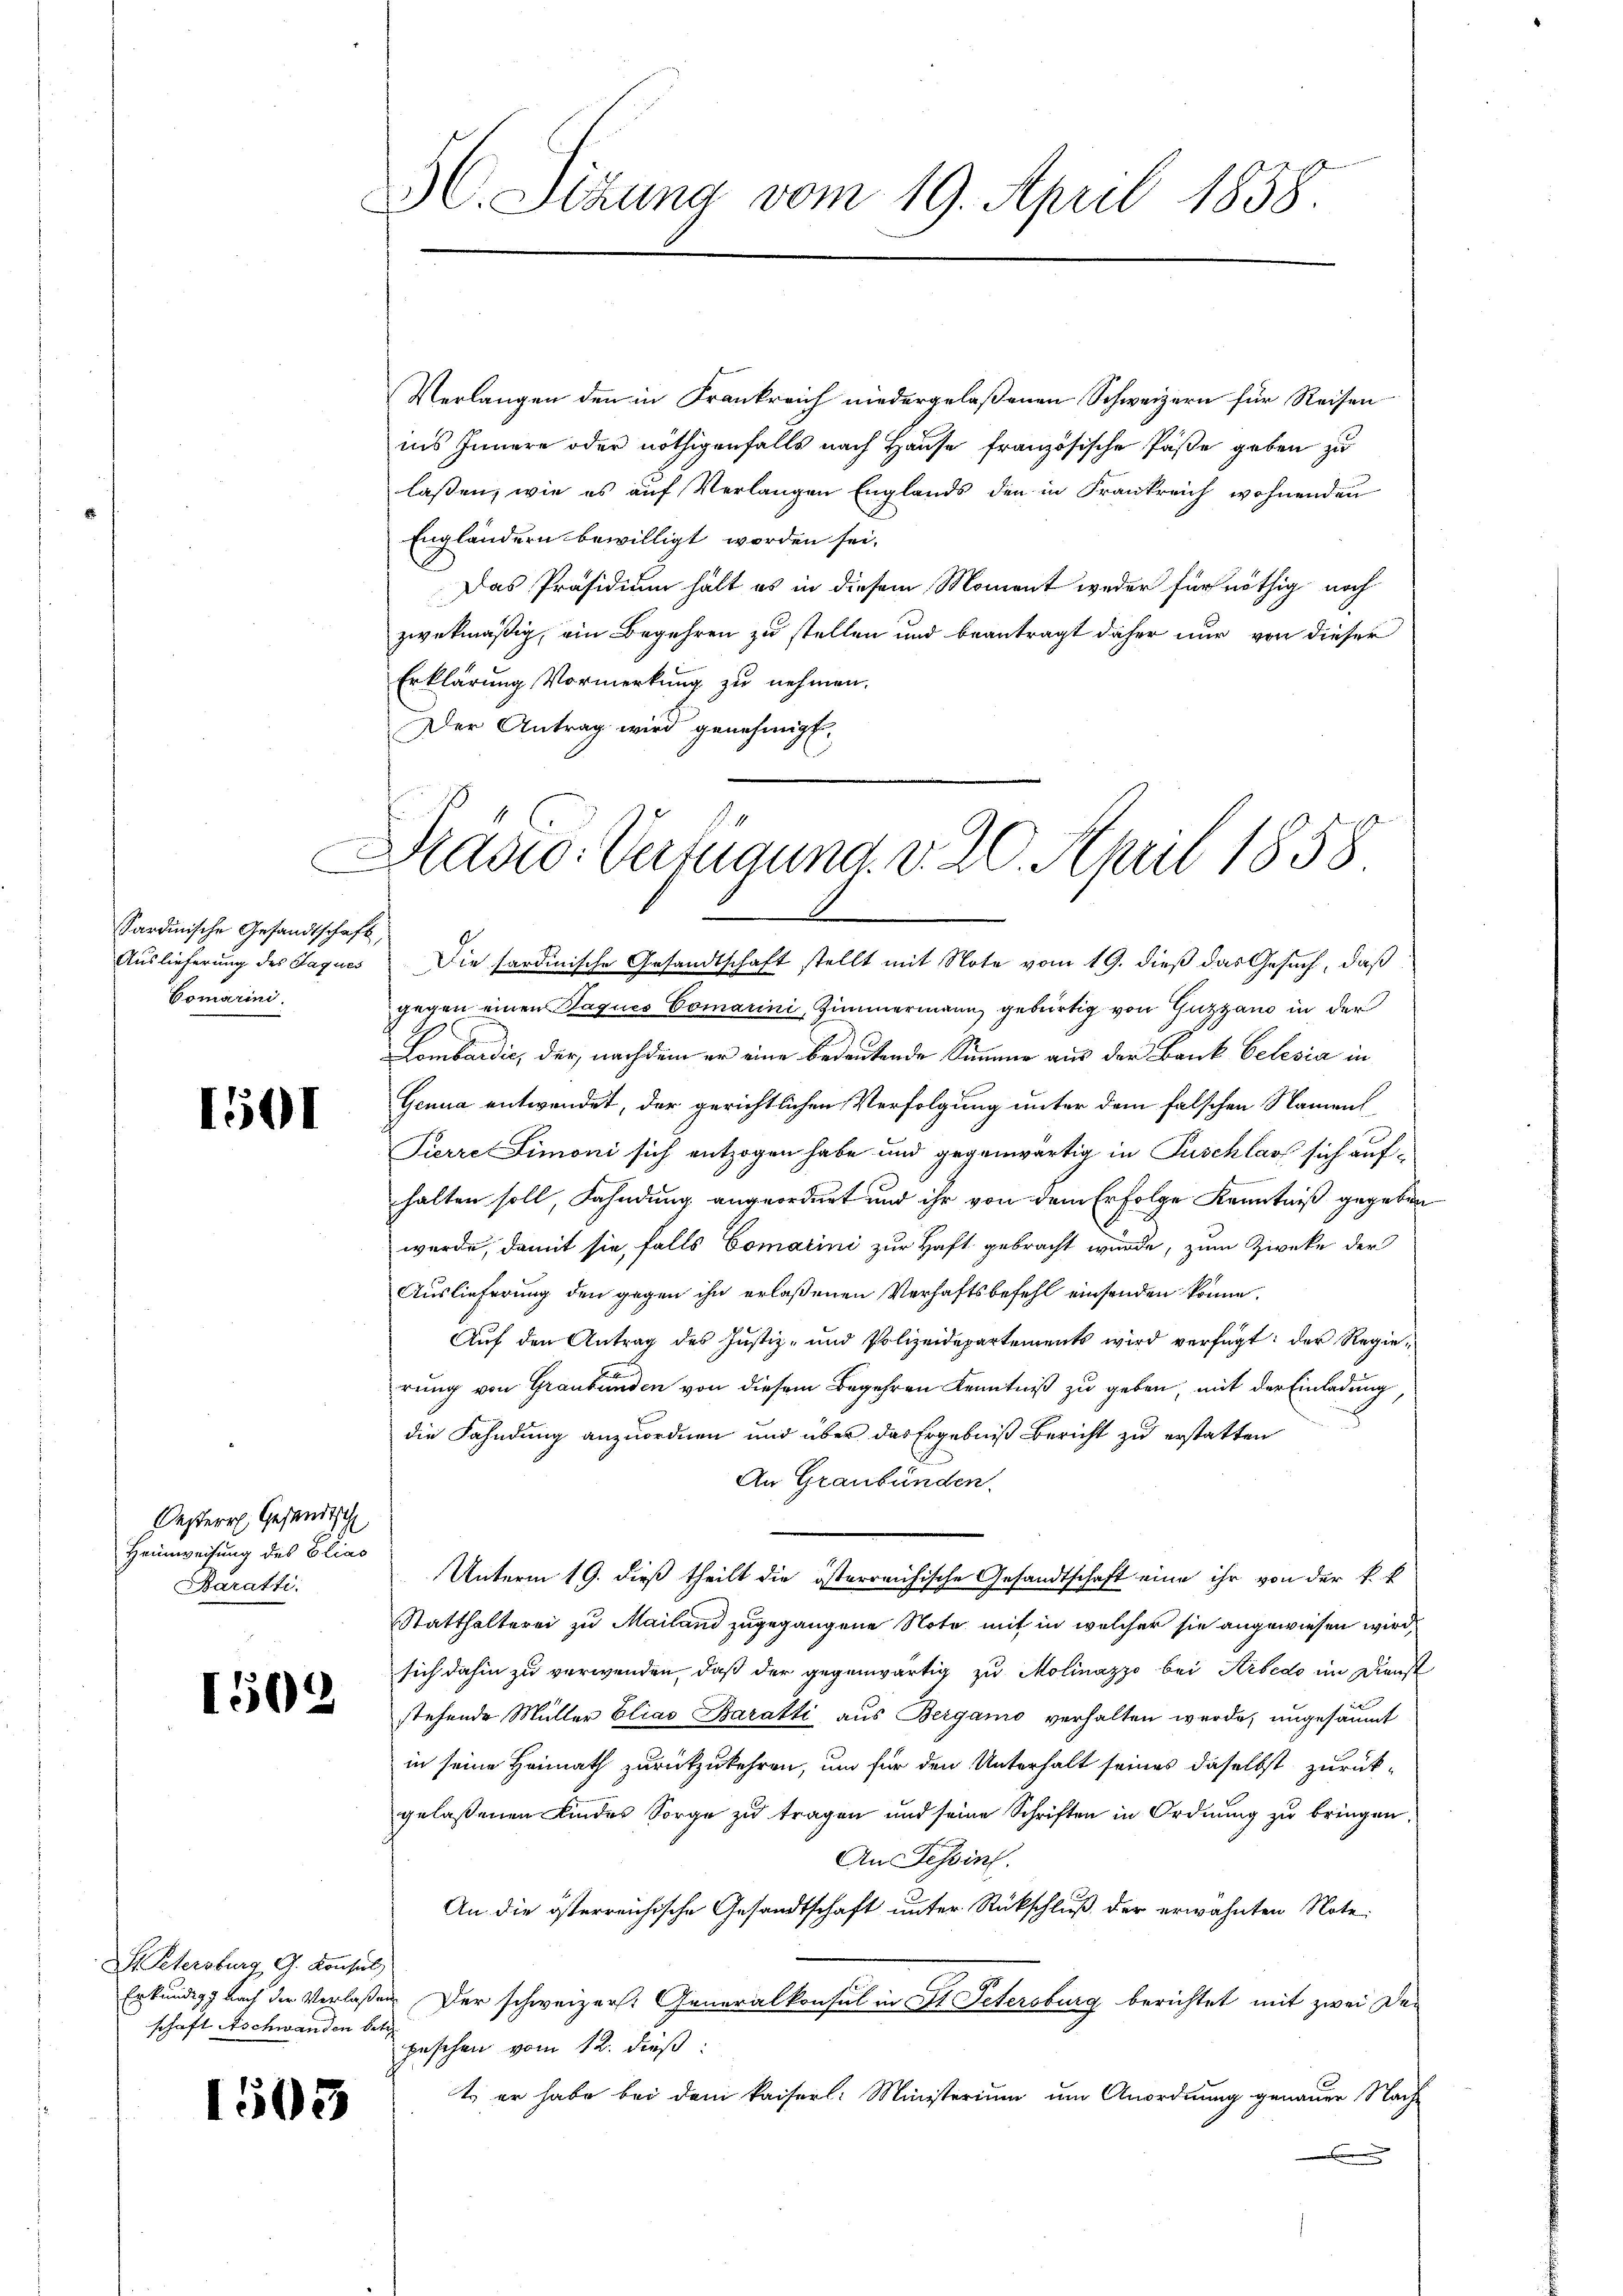
Sardinische Gesandtschaft,
Auslieferung des Jaques
Comarini.

1501

Oesterr Gesandtsch
Heimweisung des Elias
Baratti

1502

Dr. Petersburg G. Konsul
schaft Aschwanden betr

1503

5C. Sizung vom 19. April 1858.

Verlangen den in Frankreich niedergelaßenen Schweizern für Reisen
ins Innern oder nöthigenfalls nach Hause französische Paße geben zu
lassen, wie es auf Verlangen Englands den in Frankreich wohnenden
Engländern bewilligt worden sei.
Das Präsidium hält es in diesem Moment weder für nöthig noch
zwekmäßig, ein Begehren zu stellen und beantragt daher nur von dieser
Erklärung Vormerkung zu nehmen.
Der Antrag wird genehmigt.

Draso- Verfügung. v. 20. April 1858

Die sardinische Gesandtschaft stellt mit Note vom 19. dieß das Gesuch, daß
gegen einen Paques Comarini, Zimmermann gebürtig von Guzzano in der
Lombardić, der, nachdem er eine bedeutende Simmer aus der Bank belesia in
Genua entwendet, der gerichtlichen Verfolgung unter dem falschen Nament¬
Pierre Limoni sich entzogen habe und gegenwärtig in Puschlass sich aufhalten soll, Fahndung angeordnet und ihr von dem Erfolge Kenntniß gegeben
wurde, damit sie, falls Comarini zur Haft gebracht wurde, zum Zwecke der
Auslieferung den gegen ihn erlaßenen Verhaftsbefehl einsenden könne.
Aŭf den Antrag des Justiz- und Polizeidepartements wird verfügt: der Regie-
rung von Graubünden von diesem Begehren Kenntniß zu geben, mit der Einladung
die Fahndung anzuordnen und über das Ergebniß bericht zu erstatten
An Graubünden.
Unterm 19. dieß theilt die österreichische Gesandtschaft eine ihr von der k. k
Statthalterei zu Mailand zugegangene Note mit in welcher sie angewiesen wird.
sich dahin zu verwenden, daß der gegenwärtig zu Molinazzo bei Arbedo im Dienst
stehende Müller Elias Baratti aus Bergamo verhalten werde, ungesäumt
in seine Heimath zurückzukehren, um für den Unterhalt seines daselbst zurück-
gelaßenen Kindes Sorge zu tragen und seine Schriften in Ordnung zu bringen,
Aus Tessin.
An die österreichische Gesandtschaft unter Rückschluß der erwähnten Note:
Erkundig nach der Verlaßen Der schweizer. Generalkonsul in St. Petersburg berichtet mit zwei Debeschen vom 12. dieß:
t er habe bei dem kaiserl. Ministerium um Anordnung genauer Nach-